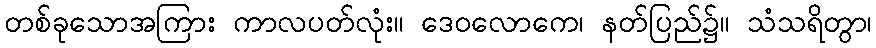
တစ်ခုသောအကြား ကာလပတ်လုံး။ ဒေဝလောကေ၊ နတ်ပြည်၌။ သံသရိတွာ၊